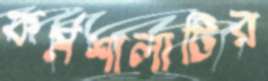
কর্মশালাটির